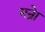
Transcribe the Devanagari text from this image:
मन्रेा